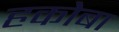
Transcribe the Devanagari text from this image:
हकोबा